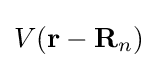
V(\mathbf {r} -\mathbf {R} _{n})